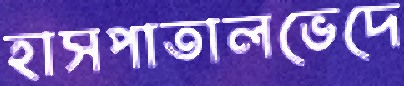
হাসপাতালভেদে